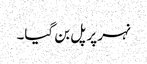
نہر پر پل بن گیا۔